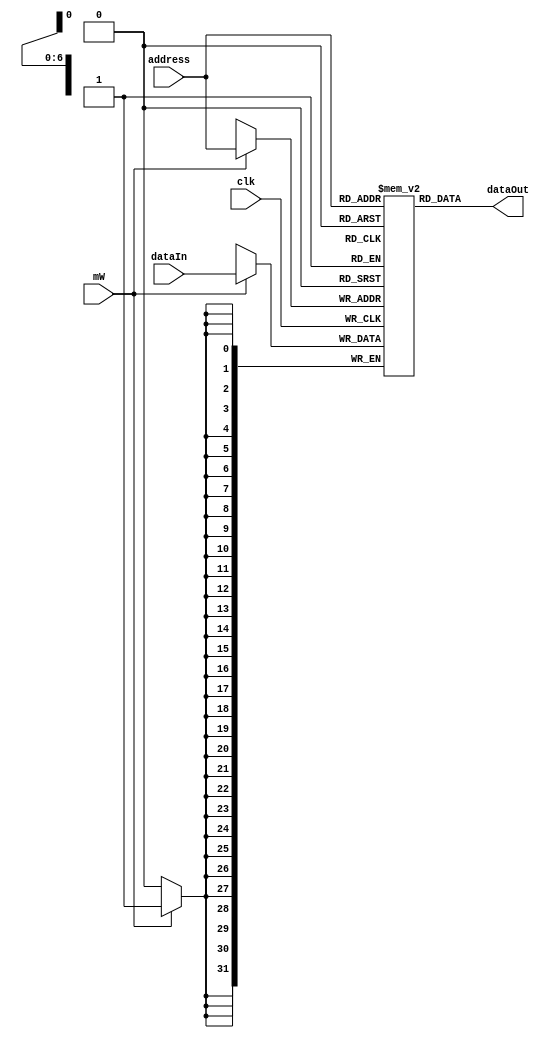
`timescale 1ns / 1ps
//////////////////////////////////////////////////////////////////////////////////
// Company: 
// Engineer: 
// 
// Design Name: 
// Module Name:    memDATA 
// Project Name: 
// Target Devices: 
// Tool versions: 
// Description: 
//
// Dependencies: 
//
// Revision: 
// Revision 0.01 - File Created
// Additional Comments: 
//
//////////////////////////////////////////////////////////////////////////////////
module dataMemory(
    input clk,
    input [6:0] address,
    input mW,
    input [31:0] dataIn,
    output [31:0] dataOut
    );

reg [31:0] memword [127:0];
integer i;

initial
  begin
  for(i=0; i<128; i=i+1)
    memword[i] <= i;					// for easier debugging
  end

always @ (posedge clk)
  begin
    if(mW)
	   memword[address] <= dataIn;
  end

assign dataOut = memword[address];

endmodule